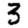
Digit: 3